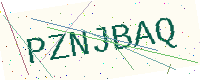
Text: PZNJBAQ